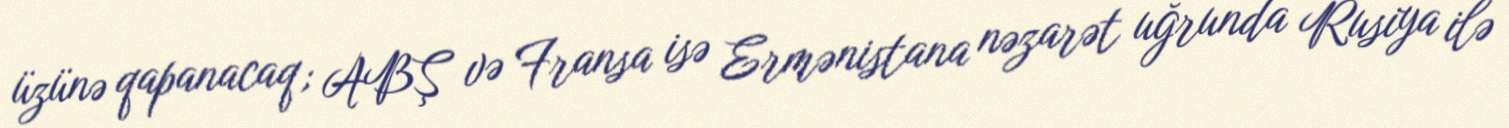
üzünə qapanacaq; ABŞ və Fransa isə Ermənistana nəzarət uğrunda Rusiya ilə